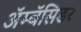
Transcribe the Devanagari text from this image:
ॲम्बॅसिडर